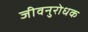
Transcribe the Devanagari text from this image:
जीवनुरोधक